Statistical return of the lunatic asylum in Assam - 1912-1932
Year: 1912
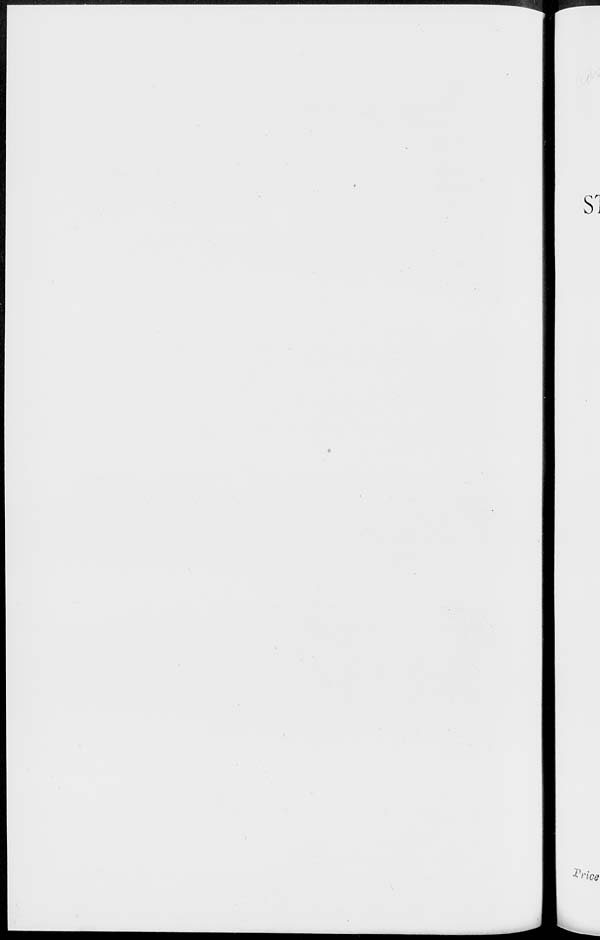
Sn
J
h>i >'ice